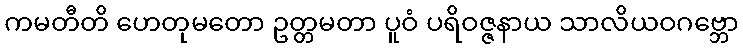
ကမတီတိ ဟေတုမတော ဥတ္တမတာ ပူဝံ ပရိဝဇ္ဇနာယ သာလိယဝဂဗ္ဘော